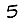
Digit: 5